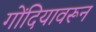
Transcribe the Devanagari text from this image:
गोंदियावरून